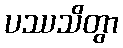
ပဿသိတွာ